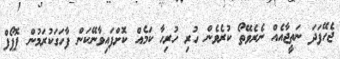
ޖެހޭފަދަ ނަތީޖާއެއް ނެރެވޭތޯ ކުރެވެން ހުރި ހުރިހާ ކަމެއް ކޮށްފައިވާނޭކަން ފާހަގަކުރަމުން ޕޮޕޯފް